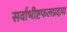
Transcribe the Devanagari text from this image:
सर्वाभीष्टफलप्रदाय